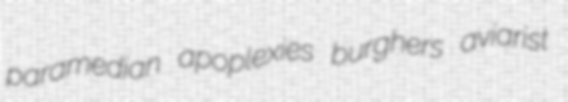
paramedian apoplexies burghers aviarist